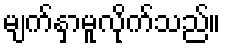
မျက်နှာမူလိုက်သည်။